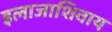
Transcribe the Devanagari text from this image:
इलाजाशिवाय